Mental hospitals Bombay report 1921-28 - 1921-1928
Year: 1921
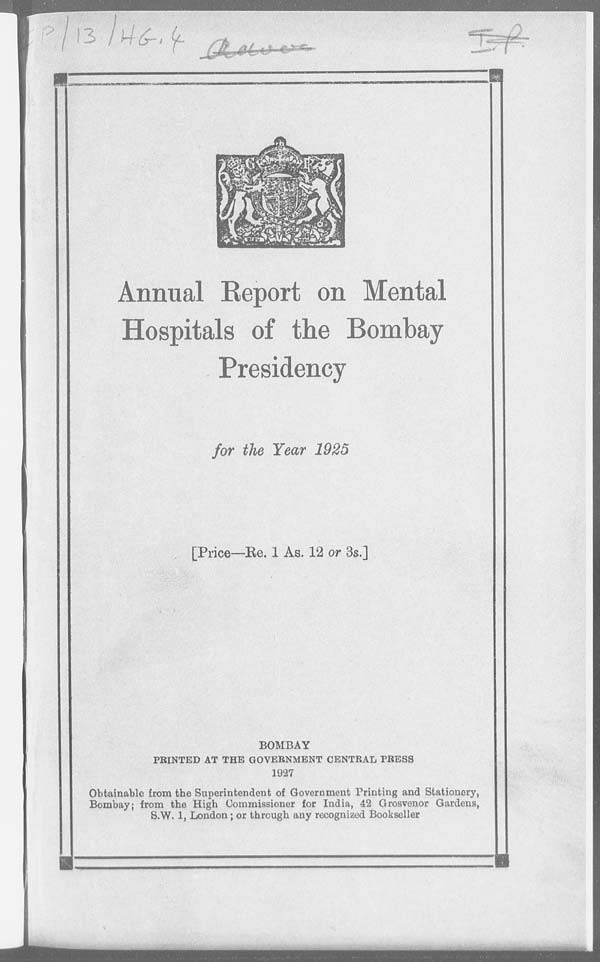
Annual Report on Mental
Hospitals of the Bombay
Presidency
for the Year 1925
[Price—Re. 1 As. 12 or 3s.]
BOMBAY
PRINTED AT THE GOVERNMENT CENTRAL PRESS
1927
Obtainable from the Superintendent of Government Printing and Stationery,
Bombay; from the High Commissioner for India, 42 Grosvenor Gardens,
S.W. 1, London; or through any recognized Bookseller